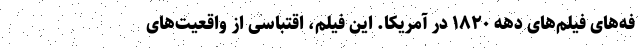
فه‌های فیلم‌های دهه ۱۸۲۰ در آمریکا. این فیلم، اقتباسی از واقعیت‌های